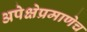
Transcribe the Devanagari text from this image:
अपेक्षेप्रमाणेच